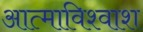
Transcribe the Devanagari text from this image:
आत्माविश्वाश